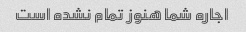
اجاره شما هنوز تمام نشده است